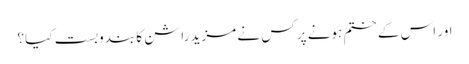
اور اس کے ختم ہونے پر کس نے مزید راشن کا بندوبست کیا؟